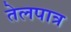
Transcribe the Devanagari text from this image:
तेलपात्र